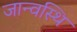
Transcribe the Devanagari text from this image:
जान्वस्थि